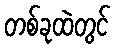
တစ်ခုထဲတွင်